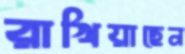
রাখিয়াছেন